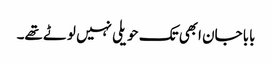
بابا جان ابھی تک حویلی نہیں لوٹے تھے۔